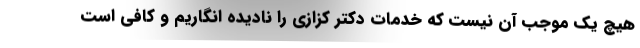
هیچ یک موجب آن نیست که خدمات دکتر کزازی را نادیده انگاریم و کافی است